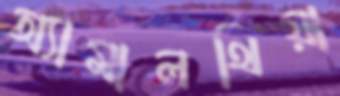
অ্যামালথিয়া